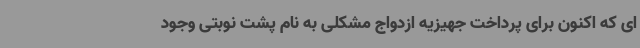
ای که اکنون برای پرداخت جهیزیه ازدواج مشکلی به نام پشت نوبتی وجود